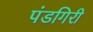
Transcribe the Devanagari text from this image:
पंडगिरी